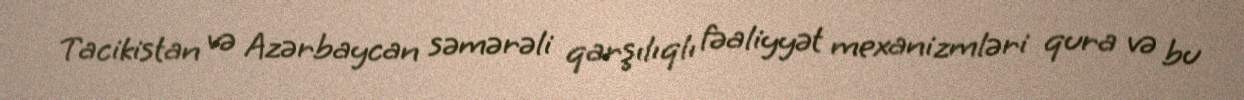
Tacikistan və Azərbaycan səmərəli qarşılıqlı fəaliyyət mexanizmləri qura və bu